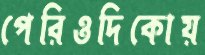
পেরিওদিকোয়